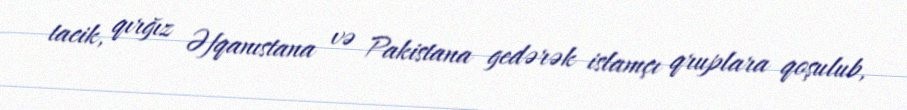
tacik, qırğız Əfqanıstana və Pakistana gedərək islamçı qruplara qoşulub,